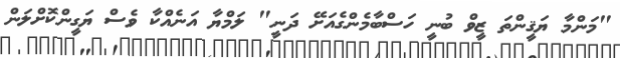
"މަންމާ ޔަޤީންތަ ޒީވް ބުނީ ހަސްބާމެންގެއަށޭ ދަނީ" ލަމްޔާ އަނެއްކާ ވެސް ޔަގީންކޮށްލަން